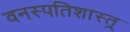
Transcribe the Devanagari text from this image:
वनस्पतिशास्त्र्